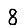
Digit: 8